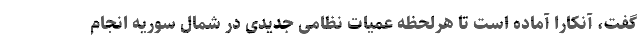
گفت، ‌آنکارا آماده است تا هرلحظه عمیات نظامی جدیدی در شمال سوریه انجام